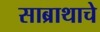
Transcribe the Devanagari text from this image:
साब्राथाचे